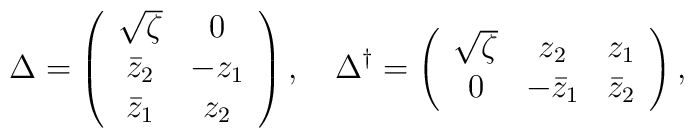
\Delta=\left(\begin{array}{cc} \sqrt{\zeta}& 0 \\ \bar z_2 & -z_1\\ \bar z_1 & z_2 \end{array}\right),\quad\Delta^\dagger=\left(\begin{array}{ccc} \sqrt{\zeta}& z_2 &z_1\\ 0 & -\bar z_1 & \bar z_2 \end{array}\right),